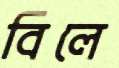
বিলে